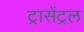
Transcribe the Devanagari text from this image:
ट्रासेंट्रल